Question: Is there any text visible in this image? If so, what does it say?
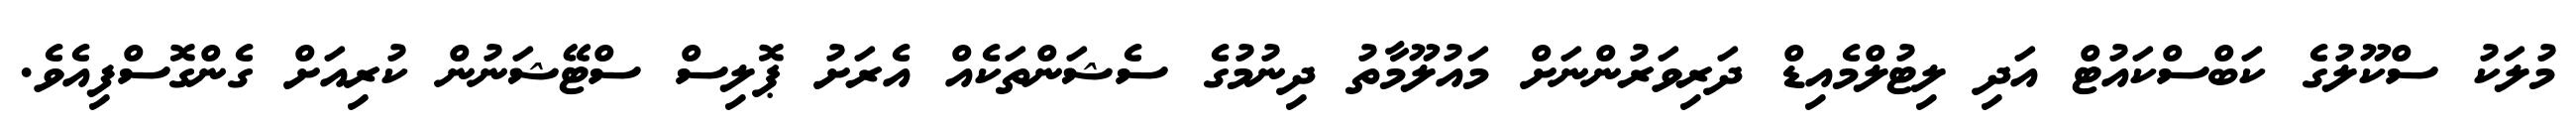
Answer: މުލަކު ސްކޫލުގެ ކަބްސްކައުޓް އަދި ލިޓުލްމެއިޑް ދަރިވަރުންނަށް މައުލޫމާތު ދިނުމުގެ ސެޝަންތަކެއް އެރަށު ޕޮލިސް ސްޓޭޝަނުން ކުރިއަށް ގެންގޮސްފިއެވެ.